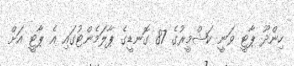
ހިންދޫ ޕާޓީ ވަނީ ކަޝްމީރުގެ 87 ގޮނޑީގެ ޕާލަމެންޓުގައި އެ ޕާޓީ އަށް